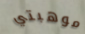
موهبتي